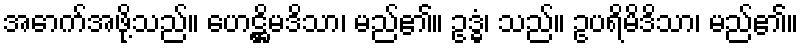
အောက်အဖို့သည်။ ဟေဋ္ဌိမဒိသာ၊ မည်၏။ ဥဒ္ဓံ၊ သည်။ ဥပရိမိဒိသာ၊ မည်၏။